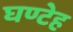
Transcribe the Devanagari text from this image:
घण्टेह